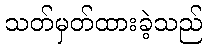
သတ်မှတ်ထားခဲ့သည်